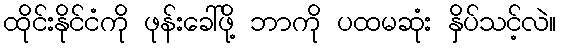
ထိုင်းနိုင်ငံကို ဖုန်းခေါ်ဖို့ ဘာကို ပထမဆုံး နှိပ်သင့်လဲ။